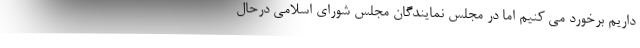
داریم برخورد می کنیم اما در مجلس نمایندگان مجلس شورای اسلامی درحال